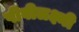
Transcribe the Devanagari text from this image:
पीवीलक्ष्मी